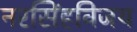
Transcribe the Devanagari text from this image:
नरसिंहविजय